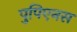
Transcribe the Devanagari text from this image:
पुपिएनस